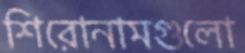
শিরোনামগুলো